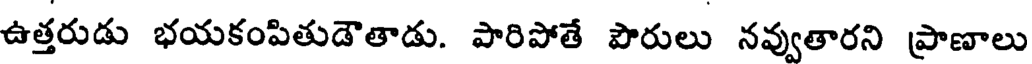
ఉత్తరుడు భయకంపితుడౌతాడు. పారిపోతే పౌరులు నవ్వుతారని ప్రాణాలు